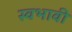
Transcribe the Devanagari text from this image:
स्वभावी